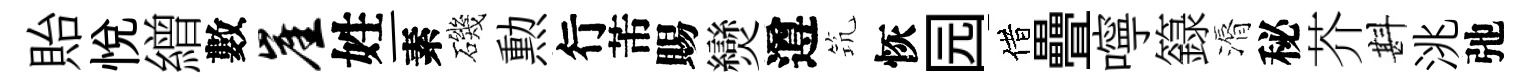
貽悦繒數崖姓一素磯勲行芾賜𤓖遵𥬑恢园借疊嚀籙漘秘芥斟洮弛